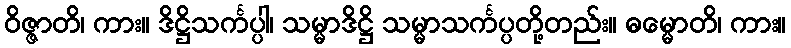
ဝိဇ္ဇာတိ၊ ကား။ ဒိဋ္ဌိသင်္ကပ္ပါ၊ သမ္မာဒိဋ္ဌိ သမ္မာသင်္ကပ္ပတို့တည်း။ ဓမ္မောတိ၊ ကား။